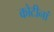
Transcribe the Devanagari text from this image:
कोटीनां